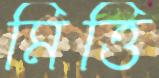
মিত্তি